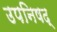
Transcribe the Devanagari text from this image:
उपनिषद्‍